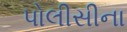
પોલીસીના